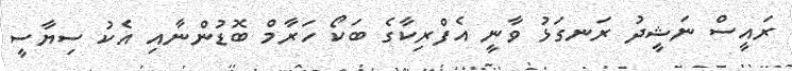
ރައީސް ނަޝީދު ރަނގަޅު ވާނީ އެފްރިކާގެ ބަކޯ ހަރާމް ބޮޑުންނާއި އެކު ސިޔާސީ